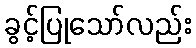
ခွင့်ပြုသော်လည်း